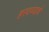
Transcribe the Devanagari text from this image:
हरवण्याचे